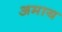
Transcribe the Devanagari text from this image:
अमाय